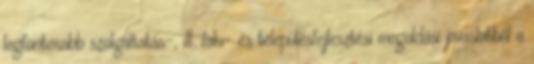
legfontosabb szolgáltatás-, ill. falu- és településfejlesztési megoldási javaslatból a